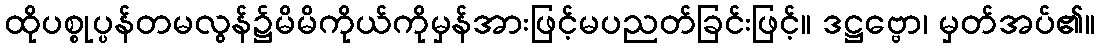
ထိုပစ္စုပ္ပန်တမလွန်၌မိမိကိုယ်ကိုမှန်အားဖြင့်မပညတ်ခြင်းဖြင့်။ ဒဋ္ဌဗ္ဗော၊ မှတ်အပ်၏။